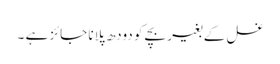
غسل کے بغیر بچے کو دودھ پلانا جائز ہے ۔